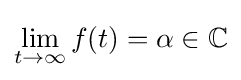
\lim _{t\to \infty }f(t)=\alpha \in \mathbb {C}